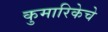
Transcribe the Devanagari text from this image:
कुमारिकेचे